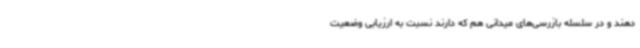
دهند و در سلسله بازرسی‌های میدانی هم که دارند نسبت به ارزیابی وضعیت